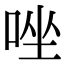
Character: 唑